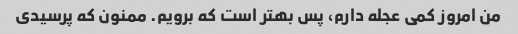
من امروز کمی عجله دارم، پس بهتر است که برویم. ممنون که پرسیدی